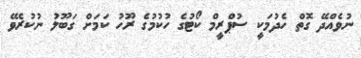
ނުވެއްދޭ ގޮތް ހެދުމަކީ ސުޕްރީމް ކޯޓުގެ ހުކުމުގެ ރޫހު ކަމަށް ގަބޫލު ނުކުރެވޭ